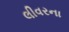
લીવરના